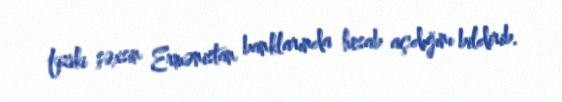
fiziki şəxsin Ermənistan banklarında hesab açdığını bildirib.